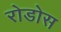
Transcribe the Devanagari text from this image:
रोडोस